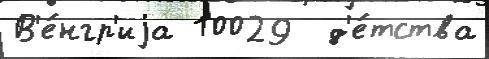
В'е́нгр'иjа 10029  д'е́тства